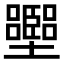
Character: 𡓶